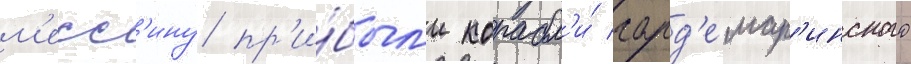
м'есс'ину пр'и́был'и корабл'и́ гард'емар'инского